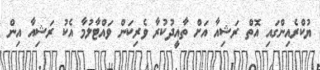
ޔުކްރެއިންގައި އޮތް ރަޝިއާ އަށް ތާއީދުކުރާ ވެރިކަން ވައްޓާލުމާ އެކު ރަޝިއާ އިން